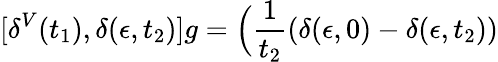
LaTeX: [\delta^{V}(t_{1}),\delta(\epsilon,t_{2})]g=\Big({\frac{1}{t_{2}}}(\delta(\epsilon,0)-\delta(\epsilon,t_{2}))